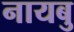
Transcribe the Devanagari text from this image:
नायबु